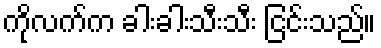
ကိုလက်က ခါးခါးသီးသီး ငြင်းသည်။